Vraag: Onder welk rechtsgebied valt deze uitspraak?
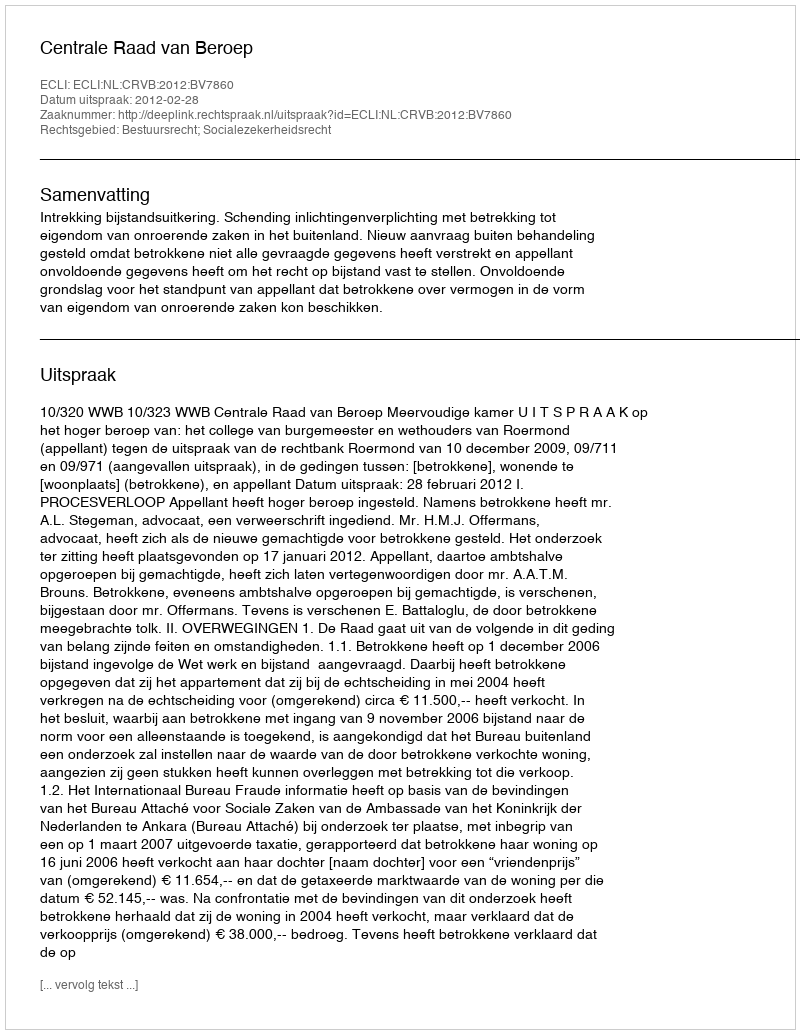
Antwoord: Bestuursrecht; Socialezekerheidsrecht